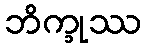
ဘိက္ခုဿ